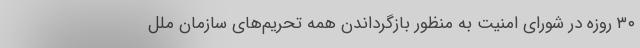
۳۰ روزه در شورای امنیت به منظور بازگرداندن همه تحریم‌های سازمان ملل